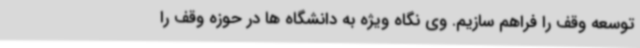
توسعه وقف را فراهم سازیم. وی نگاه ویژه به دانشگاه ها در حوزه وقف را